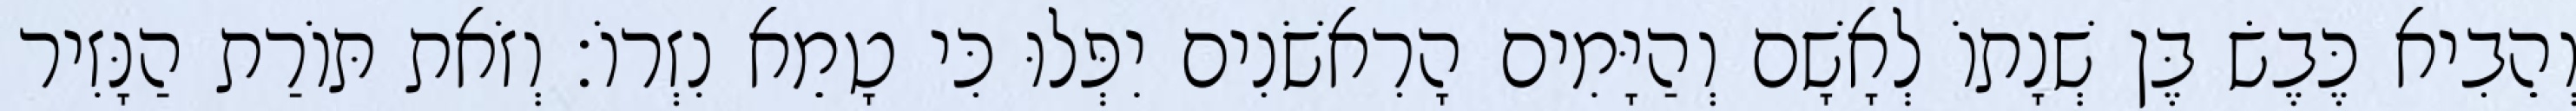
וְהֵבִיא כֶּבֶשׂ בֶּן שְׁנָתוֹ לְאָשָׁם וְהַיָּמִים הָרִאשֹׁנִים יִפְּלוּ כִּי טָמֵא נִזְרוֹ׃ וְזֹאת תּוֹרַת הַנָּזִיר